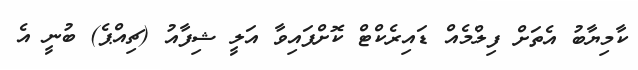
ކާމިޔާބު އެތަށް ފިލްމެއް ޑައިރެކްޓް ކޮށްފައިވާ އަލީ ޝިފާއު (ޗިއްޕެ) ބުނީ އެ